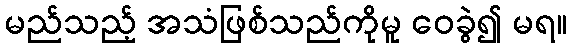
မည်သည့် အသံဖြစ်သည်ကိုမူ ဝေခွဲ၍ မရ။